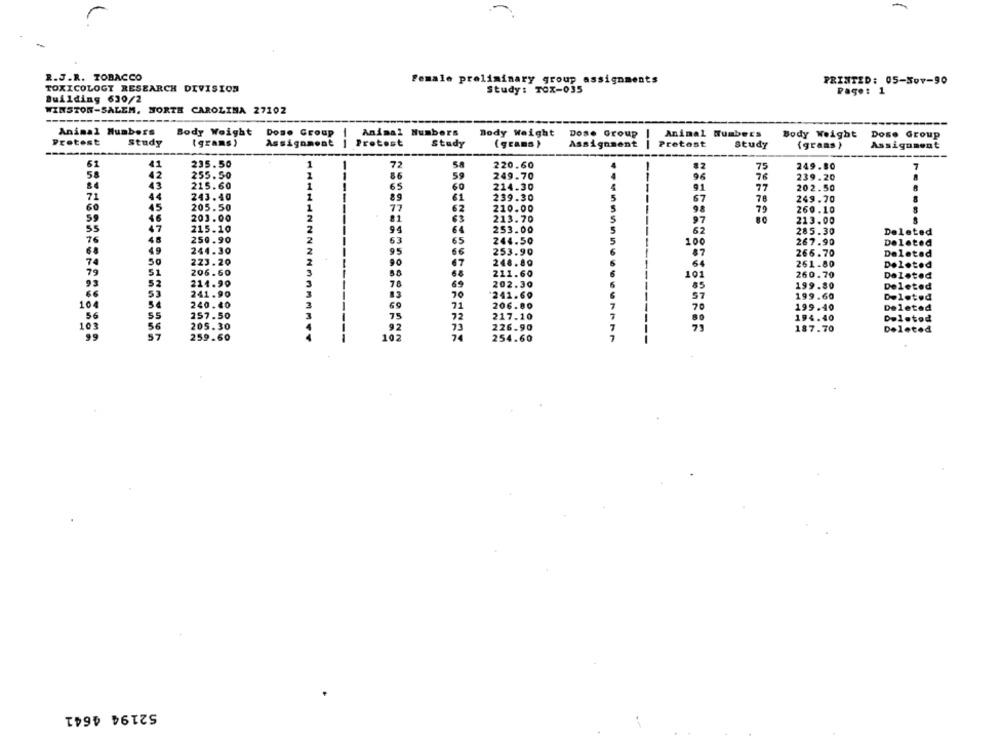
R.J.R. TOBACCO
Female preliminary group assignments
PRINTED: 05-5ov-90
TOXICOLOGY RESEARCH DIVISION
Study: TOx-035
Page: 1
Building 630/2
WINSTON-SALEM, NORTH CAROLINA 27102
Animal Hunbors
Body Weight
Dose Group
Animal Numbers
Body Weight
Dose Group
Animal Numbers
Body Weight
Dose Group
Pretest
Protest
Study
(grams)
Assignment
--
Study
(gcans )
Assignment
--
Pretest
Study
(grans )
Assignment
61
41
235.50
1
72
58
220.60
82
75
249.80
58
42
255.50
1
86
59
249.70
96
LL
239.20
43
215.60
1
214.30
4
65
---
91
202.50
71
44
243.40
1
----
89
61
239.30
67
78
249.70
60
45
205.50
1
77
62
210.00
5
260.10
46
98
79
59
203.00
2
81
213.70
5
97
213.00
55
47
215.10
2
94
64
253.00
5
62
285.30
Deleted
250.90
76
48
2
63
65
244.50
5
100
267.90
Deleted
68
4.9
244.30
2
95
66
253.90
266.70
Deleted
74
50
223.20
90
67
248.80
261.80
Deleted
79
51
206.60
88
68
211.60
101
260.70
Deleted
52
214.90
202.30
93
78
69
85
199.80
Deleted
53
241.90
83
70
241.60
57
199.60
Deleted
104
54
240.40
69
71
206.80
70
199.40
Deleted
56
55
257.50
MMM
75
72
217.10
194.40
Deletod
103
56
205.30
73
226.90
92
73
187.70
Deleted
99
57
259.60
102
74
254.60
52194 4641